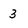
Character: 3